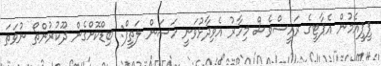
ޕީޕީއެމުން އެޕާޓީގެ ރައީސްވެސް މިހާރު އެވިދާޅުވަނީ ހަސަން ލަތީފް: ބިޑްކޮށްގެން ދޫކުރުންތޯ ނުވަތަ